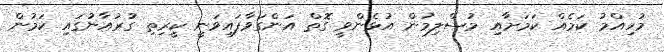
މުހިއްމު ކަމެއް ކަމަށާއި މުސްލިމުން އުޅެންވީ ގޮތް އަންގަވާފައިވަނީ ކީރިތި ގުރުއާނުގައި ކަމުން